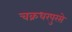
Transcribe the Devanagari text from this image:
चक्रधरपुरसे